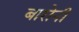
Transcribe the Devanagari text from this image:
बारोनी